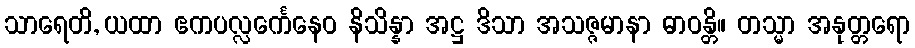
သာရေတိ, ယထာ ဧကပလ္လင်္ကေနေဝ နိသိန္နာ အဋ္ဌ ဒိသာ အသဇ္ဇမာနာ ဓာဝန္တိ။ တသ္မာ အနုတ္တရော